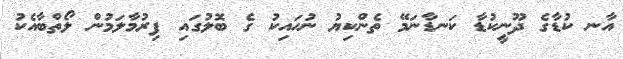
އާނ ކުޑާގެ ދޫނީކުޑާ ކަނޑާނަމޭ ތެންކިޔު ނުހައިކު ގެ ބޮލުގައި ފިރުމާލަމުން ލޯތްބާއެކު